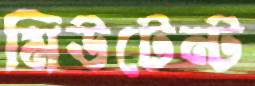
মিউটেন্ট